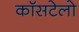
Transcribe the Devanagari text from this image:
कॉसटेलो